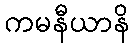
ကမနီယာနိ